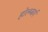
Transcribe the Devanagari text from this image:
होल्म्बर्ग